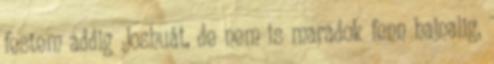
festem addig Joshuát, de nem is maradok fenn hajnalig,